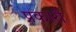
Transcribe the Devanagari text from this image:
प्रकारी